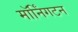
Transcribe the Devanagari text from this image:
मॉर्निंगटन